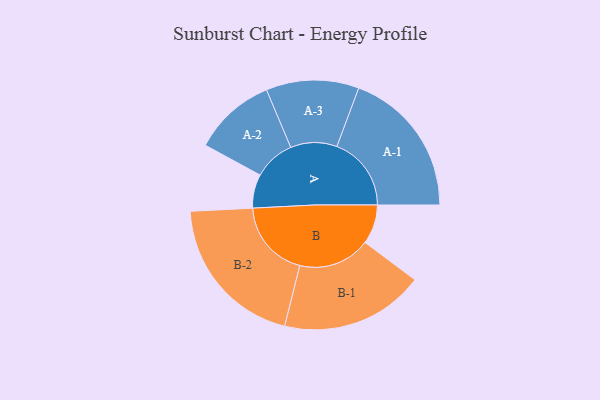
{"axis": {"x": "Segment", "y": "Value"}, "legend": ["", "A", "B"], "data": [{"x": "A", "y": 125, "type": ""}, {"x": "B", "y": 146, "type": ""}, {"x": "A-1", "y": 276, "type": "A"}, {"x": "A-2", "y": 153, "type": "A"}, {"x": "A-3", "y": 172, "type": "A"}, {"x": "B-1", "y": 267, "type": "B"}, {"x": "B-2", "y": 290, "type": "B"}]}